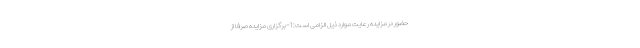
حضور در مزایده رعایت موارد ذیل الزامی است: 1-برگزاری مزایده صرفا از